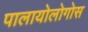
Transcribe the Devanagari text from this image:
पालायोलोगोस